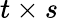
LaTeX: t\times s